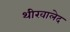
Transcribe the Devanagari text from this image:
थीखालेद